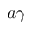
a \gamma